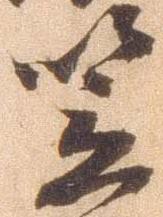
笠